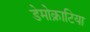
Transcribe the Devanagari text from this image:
डेमोक्राटिया